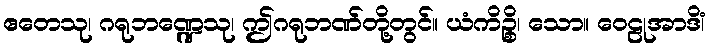
ဧတေသု၊ ဂရုဘဏ္ဍေသု၊ ဤဂရုဘဏ်တို့တွင်။ ယံကိဉ္စိ၊ သော။ ဝေဠုအာဒိံ၊